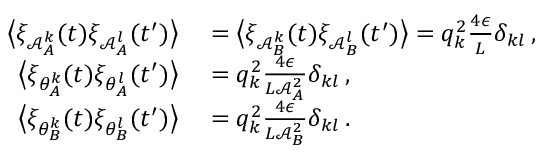
\begin{array} { r l } { \big \langle \xi _ { \mathcal { A } _ { A } ^ { k } } ( t ) \xi _ { \mathcal { A } _ { A } ^ { l } } ( t ^ { \prime } ) \big \rangle } & { { } = \big \langle \xi _ { \mathcal { A } _ { B } ^ { k } } ( t ) \xi _ { \mathcal { A } _ { B } ^ { l } } ( t ^ { \prime } ) \big \rangle = q _ { k } ^ { 2 } \frac { 4 \epsilon } { L } \delta _ { k l } \, , } \\ { \big \langle \xi _ { \theta _ { A } ^ { k } } ( t ) \xi _ { \theta _ { A } ^ { l } } ( t ^ { \prime } ) \big \rangle } & { { } = q _ { k } ^ { 2 } \frac { 4 \epsilon } { L \mathcal { A } _ { A } ^ { 2 } } \delta _ { k l } \, , } \\ { \big \langle \xi _ { \theta _ { B } ^ { k } } ( t ) \xi _ { \theta _ { B } ^ { l } } ( t ^ { \prime } ) \big \rangle } & { { } = q _ { k } ^ { 2 } \frac { 4 \epsilon } { L \mathcal { A } _ { B } ^ { 2 } } \delta _ { k l } \, . } \end{array}